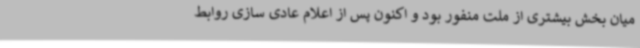
میان بخش بیشتری از ملت منفور بود و اکنون پس از اعلام عادی سازی روابط